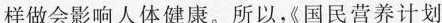
样做会影响人体健康。所以《国民营养计划